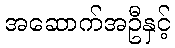
အဆောက်အဦနှင့်